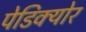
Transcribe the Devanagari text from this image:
पेडिक्‍योर